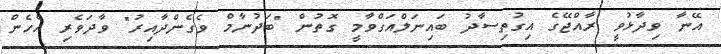
އޭނާ ވިދާޅުވީ ރާއްޖޭގެ އިގުތިސާދު ބައިނަލްއަގްވާމީ ގޮތުން "ބަދުނާމް ވެގެންދާއިރު" ވާދަވެރި އެހެން